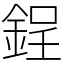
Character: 鋥